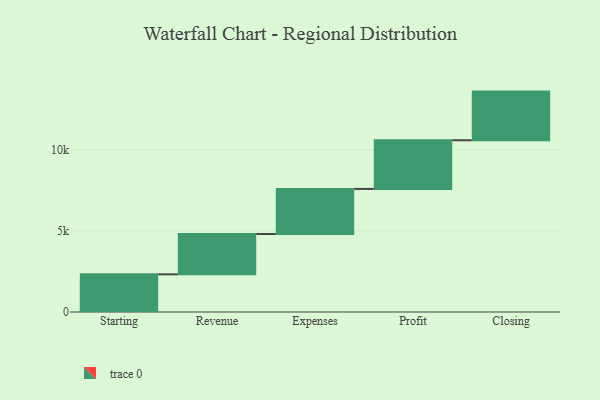
{"axis": {"x": "Step", "y": "Value"}, "legend": [""], "data": [{"x": "Starting", "y": 2322.0, "type": ""}, {"x": "Revenue", "y": 2488.0, "type": ""}, {"x": "Expenses", "y": 2780.0, "type": ""}, {"x": "Profit", "y": 3000, "type": ""}, {"x": "Closing", "y": 3000, "type": ""}]}